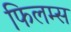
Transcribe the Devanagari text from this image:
फिलम्स